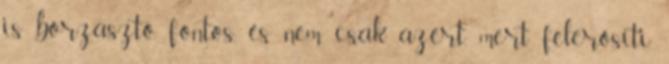
is borzasztó fontos, és nem csak azért, mert felerősíti